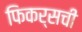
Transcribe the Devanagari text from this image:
फिकर्सची